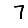
Digit: 7